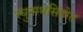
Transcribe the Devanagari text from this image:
रघुनाथसिंहोत